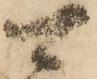
可